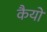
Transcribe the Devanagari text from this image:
कैयों